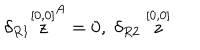
\delta _ { R 1 } \stackrel { [ 0 , 0 ] } { z } ^ { A } = 0 , \; \delta _ { R 2 } \stackrel { [ 0 , 0 ] } { z }